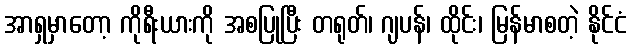
အာရှမှာတော့ ကိုရီးယားကို အစပြုပြီး တရုတ်၊ ဂျပန်၊ ထိုင်း၊ မြန်မာစတဲ့ နိုင်ငံ